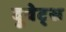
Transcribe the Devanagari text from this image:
दुवेट्स